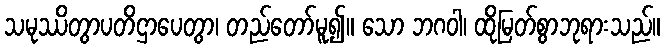
သမုဿိတွာပတိဌာပေတွာ၊ တည်တော်မူ၍။ သော ဘဂဝါ၊ ထိုမြတ်စွာဘုရားသည်။